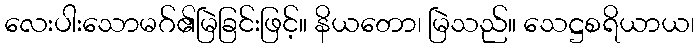
လေးပါးသောမဂ်၏မြဲခြင်းဖြင့်။ နိယတော၊ မြဲသည်။ သေဋ္ဌစရိယာယ၊